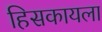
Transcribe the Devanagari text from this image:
हिसकायला